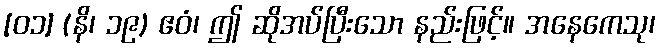
[၀၁] (နိ၊ ၁၉) ဧဝံ၊ ဤ ဆိုအပ်ပြီးသော နည်းဖြင့်။ အနေကေသု၊